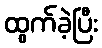
ထွက်ခဲ့ပြီး